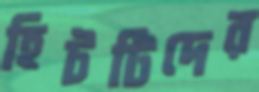
হিটটিদের